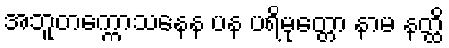
အဘူတက္ကောသနေန ပန ပရိမုတ္တော နာမ နတ္ထိ